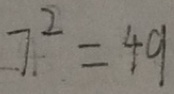
7 ^ { 2 } = 4 9